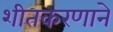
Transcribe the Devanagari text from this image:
शीतकरणाने